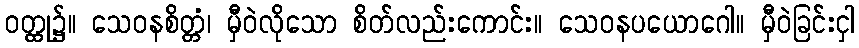
ဝတ္ထု၌။ သေဝနစိတ္တံ၊ မှီဝဲလိုသော စိတ်လည်းကောင်း။ သေဝနပယောဂေါ။ မှီဝဲခြင်းငှါ